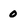
Character: 0